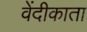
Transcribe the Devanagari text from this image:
वेंदीकाता